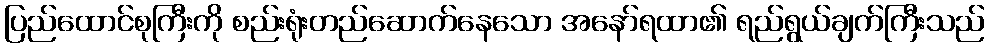
ပြည်ထောင်စုကြီးကို စည်းရုံးတည်ဆောက်နေသော အနော်ရထာ၏ ရည်ရွယ်ချက်ကြီးသည်